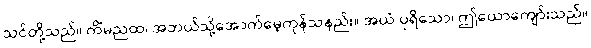
သင်တို့သည်။ ကိံမညထ၊ အဘယ်သို့အောက်မေ့ကုန်သနည်း။ အယံ ပုရိသော၊ ဤယောကျော်းသည်။